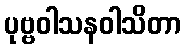
ပုဗ္ဗဝါသနဝါသိတာ